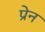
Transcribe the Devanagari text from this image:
प्रेन